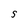
Character: S